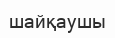
шайқаушы